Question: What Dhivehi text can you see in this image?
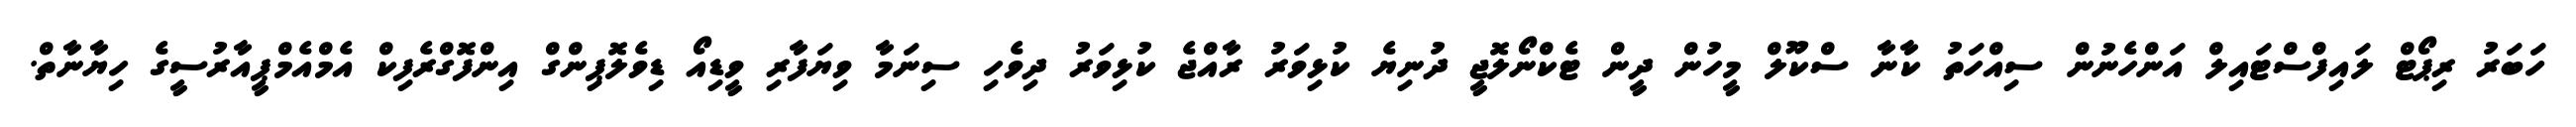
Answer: ހަބަރު ރިޕޯޓް ލައިފްސްޓައިލް އަންހެނުން ސިއްހަތު ކާނާ ސްކޫލް މީހުން ދީން ޓެކްނޯލޮޖީ ދުނިޔެ ކުޅިވަރު ރާއްޖެ ކުޅިވަރު ދިވެހި ސިނަމާ ވިޔަފާރި ވީޑިއޯ ޑިވެލޮޕިންގް އިންފޮގްރެފިކް އެމްއެމްޕީއާރުސީގެ ހިޔާނާތް.